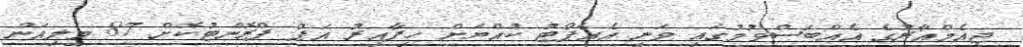
ޖީއެމްއާރުގެ އެއްބަސްވުމުގައި ވަނީ އެއާޕޯޓު ކުއްޔަށް ހިފާއިރު އަޕް ފްރޮންޓުކޮށް 87 މިލިއަން